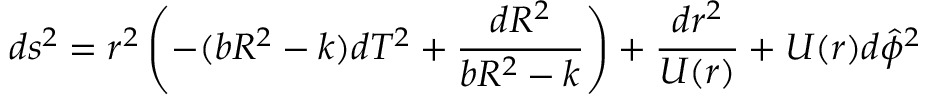
d s ^ { 2 } = r ^ { 2 } \left( - ( b R ^ { 2 } - k ) d T ^ { 2 } + \frac { d R ^ { 2 } } { b R ^ { 2 } - k } \right) + \frac { d r ^ { 2 } } { U ( r ) } + U ( r ) d \hat { \phi } ^ { 2 }